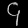
Digit: ၄